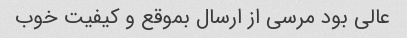
عالی بود مرسی از ارسال بموقع و کیفیت خوب